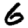
Digit: 6